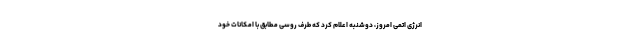
انرژی اتمی امروز، دوشنبه اعلام کرد که طرف روسی مطابق با امکانات خود